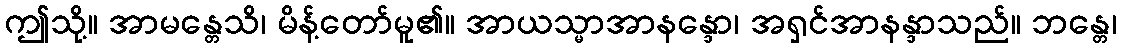
ဤသို့။ အာမန္တေသိ၊ မိန့်တော်မူ၏။ အာယသ္မာအာနန္ဒော၊ အရှင်အာနန္ဒာသည်။ ဘန္တေ၊